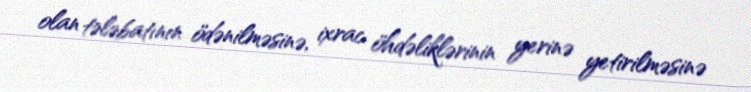
olan tələbatının ödənilməsinə, ixrac öhdəliklərinin yerinə yetirilməsinə